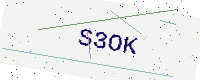
Text: S3OK